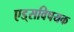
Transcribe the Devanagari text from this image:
एड्‌सविषयक